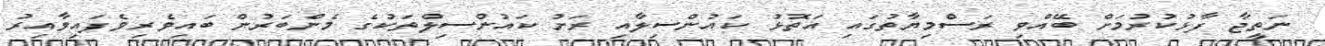
ނަތީޖާ ފާޅުކުރުމަށް ބޭއްވި ރަސްމިޔާތުގައި އަތޮޅު ކައުންސިލާއި ރަށު ކައުންސިލްތަކުގެ މެންބަރުން ބައިވެރިވެފައިވާއިރު